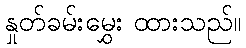
နှုတ်ခမ်းမွှေး ထားသည်။